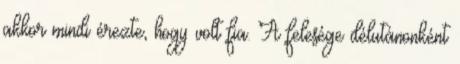
akkor mindi érezte, hogy volt fia. A felesége délutánonként